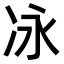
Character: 𫥆